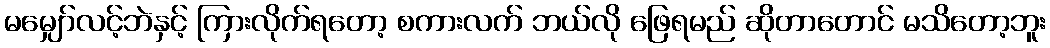
မမျှော်လင့်ဘဲနှင့် ကြားလိုက်ရတော့ စကားလက် ဘယ်လို ဖြေရမည် ဆိုတာတောင် မသိတော့ဘူး